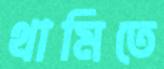
থামিতে